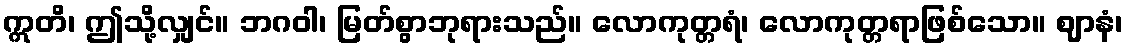
ဣတိ၊ ဤသို့လျှင်။ ဘဂဝါ၊ မြတ်စွာဘုရားသည်။ လောကုတ္တရံ၊ လောကုတ္တရာဖြစ်သော။ ဈာနံ၊